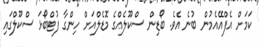
ކަމަށް އެފްއޭއެމުން ބުނެ އެވެ. ބޯޑިން ސްކޫލެއްގެ މޮޑެލްއަށް ހިންގާ ފުޓްބޯޅަ ސްކޫލްގައި